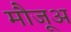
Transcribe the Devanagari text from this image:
मौजूअ